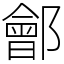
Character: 鄶